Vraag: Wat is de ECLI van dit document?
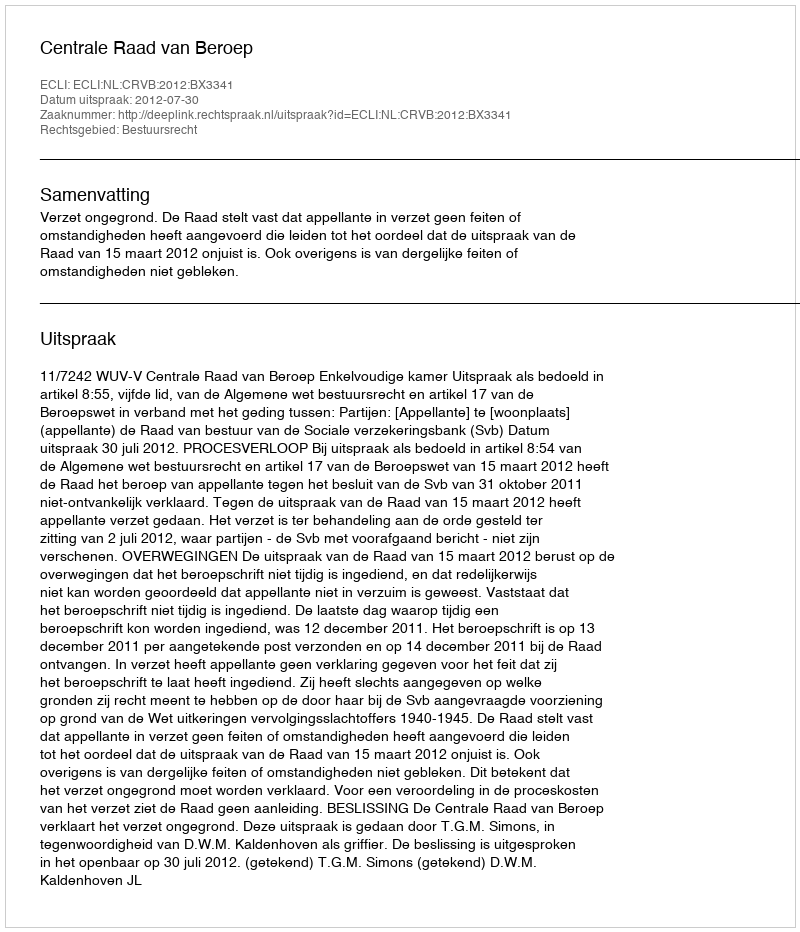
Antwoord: ECLI:NL:CRVB:2012:BX3341